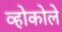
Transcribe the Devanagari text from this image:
व्होकोले